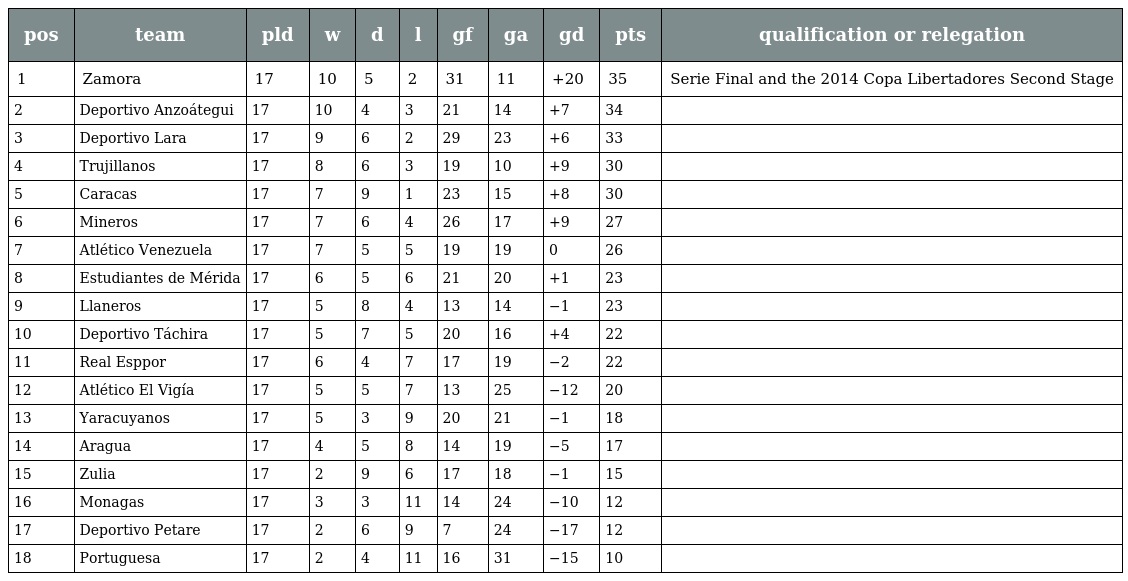
| pos | team | pld | w | d | l | gf | ga | gd | pts | qualification or relegation |
 | --- | --- | --- | --- | --- | --- | --- | --- | --- | --- | --- |
 | 1 | Zamora | 17 | 10 | 5 | 2 | 31 | 11 | +20 | 35 | Serie Final and the 2014 Copa Libertadores Second Stage |
 | 2 | Deportivo Anzoátegui | 17 | 10 | 4 | 3 | 21 | 14 | +7 | 34 |  |
 | 3 | Deportivo Lara | 17 | 9 | 6 | 2 | 29 | 23 | +6 | 33 |  |
 | 4 | Trujillanos | 17 | 8 | 6 | 3 | 19 | 10 | +9 | 30 |  |
 | 5 | Caracas | 17 | 7 | 9 | 1 | 23 | 15 | +8 | 30 |  |
 | 6 | Mineros | 17 | 7 | 6 | 4 | 26 | 17 | +9 | 27 |  |
 | 7 | Atlético Venezuela | 17 | 7 | 5 | 5 | 19 | 19 | 0 | 26 |  |
 | 8 | Estudiantes de Mérida | 17 | 6 | 5 | 6 | 21 | 20 | +1 | 23 |  |
 | 9 | Llaneros | 17 | 5 | 8 | 4 | 13 | 14 | −1 | 23 |  |
 | 10 | Deportivo Táchira | 17 | 5 | 7 | 5 | 20 | 16 | +4 | 22 |  |
 | 11 | Real Esppor | 17 | 6 | 4 | 7 | 17 | 19 | −2 | 22 |  |
 | 12 | Atlético El Vigía | 17 | 5 | 5 | 7 | 13 | 25 | −12 | 20 |  |
 | 13 | Yaracuyanos | 17 | 5 | 3 | 9 | 20 | 21 | −1 | 18 |  |
 | 14 | Aragua | 17 | 4 | 5 | 8 | 14 | 19 | −5 | 17 |  |
 | 15 | Zulia | 17 | 2 | 9 | 6 | 17 | 18 | −1 | 15 |  |
 | 16 | Monagas | 17 | 3 | 3 | 11 | 14 | 24 | −10 | 12 |  |
 | 17 | Deportivo Petare | 17 | 2 | 6 | 9 | 7 | 24 | −17 | 12 |  |
 | 18 | Portuguesa | 17 | 2 | 4 | 11 | 16 | 31 | −15 | 10 |  |